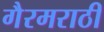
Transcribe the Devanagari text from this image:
गैरमराठी